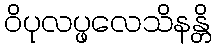
ဝိပုလပ္ဖလေသိနန္တိ